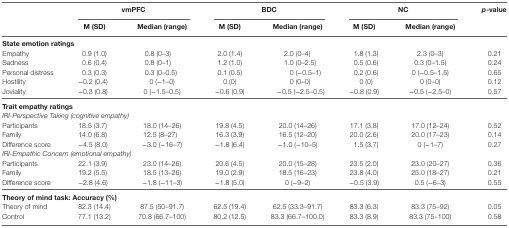
<table><thead><tr><td></td><td colspan="2"><b>vmPFC</b></td><td colspan="2"><b>BDC</b></td><td colspan="2"><b>NC</b></td><td><b><i>p</i>-value</b></td></tr><tr><td></td><td><b>M (SD)</b></td><td><b>Median (range)</b></td><td><b>M (SD)</b></td><td><b>Median (range)</b></td><td><b>M (SD)</b></td><td><b>Median (range)</b></td><td></td></tr></thead><tbody><tr><td colspan="8"><b>State emotion ratings</b></td></tr><tr><td>Empathy</td><td>0.9 (1.0)</td><td>0.8 (0–3)</td><td>2.0 (1.4)</td><td>2.0 (0–4)</td><td>1.8 (1.3)</td><td>2.3 (0–3)</td><td>0.21</td></tr><tr><td>Sadness</td><td>0.6 (0.4)</td><td>0.8 (0–1)</td><td>1.2 (1.0)</td><td>1.0 (0–2.5)</td><td>0.5 (0.6)</td><td>0.3 (0–1.5)</td><td>0.24</td></tr><tr><td>Personal distress</td><td>0.3 (0.3)</td><td>0.3 (0–0.5)</td><td>0.1 (0.5)</td><td>0 (−0.5–1)</td><td>0.2 (0.6)</td><td>0 (−0.5–1.5)</td><td>0.65</td></tr><tr><td>Hostility</td><td>−0.2 (0.4)</td><td>0 (−1–0)</td><td>0 (0)</td><td>0 (0–0)</td><td>0 (0)</td><td>0 (0–0)</td><td>0.12</td></tr><tr><td>Joviality</td><td>−0.3 (0.8)</td><td>0 (−1.5–0.5)</td><td>−0.6 (0.9)</td><td>−0.5 (−2.5–0.5)</td><td>−0.8 (0.9)</td><td>−0.5 (−2.5–0)</td><td>0.57</td></tr><tr><td colspan="8"><b>Trait empathy ratings</b></td></tr><tr><td colspan="8"><i>IRI-Perspective Taking (cognitive empathy)</i></td></tr><tr><td>Participants</td><td>18.5 (3.7)</td><td>18.0 (14–26)</td><td>19.8 (4.5)</td><td>20.0 (14–26)</td><td>17.1 (3.8)</td><td>17.0 (12–24)</td><td>0.52</td></tr><tr><td>Family</td><td>14.0 (6.8)</td><td>12.5 (8–27)</td><td>16.3 (3.9)</td><td>16.5 (12–20)</td><td>20.0 (2.6)</td><td>20.0 (17–23)</td><td>0.14</td></tr><tr><td>Difference score</td><td>−4.5 (8.0)</td><td>−3.0 (−16–7)</td><td>−1.8 (6.4)</td><td>−1.0 (−10–5)</td><td>1.5 (3.7)</td><td>0 (−1–7)</td><td>0.27</td></tr><tr><td colspan="8"><i>IRI-Empathic Concern (emotional empathy)</i></td></tr><tr><td>Participants</td><td>22.1 (3.9)</td><td>23.0 (14–26)</td><td>20.6 (4.5)</td><td>20.0 (15–28)</td><td>23.5 (2.0)</td><td>23.0 (20–27)</td><td>0.36</td></tr><tr><td>Family</td><td>19.2 (5.5)</td><td>18.5 (13–26)</td><td>19.0 (2.9)</td><td>18.5 (16–23)</td><td>23.8 (4.0)</td><td>25.0 (18–27)</td><td>0.21</td></tr><tr><td>Difference score</td><td>−2.8 (4.6)</td><td>−1.8 (−11–3)</td><td>−1.8 (5.0)</td><td>0 (−9–2)</td><td>−0.5 (3.9)</td><td>0.5 (−6–3)</td><td>0.55</td></tr><tr><td colspan="8"><b>Theory of mind task: Accuracy (%)</b></td></tr><tr><td>Theory of mind</td><td>82.3 (14.4)</td><td>87.5 (50–91.7)</td><td>62.5 (19.4)</td><td>62.5 (33.3–91.7)</td><td>83.3 (6.3)</td><td>83.3 (75–92)</td><td>0.05</td></tr><tr><td>Control</td><td>77.1 (13.2)</td><td>70.8 (66.7–100)</td><td>80.2 (12.5)</td><td>83.3 (66.7–100.0)</td><td>83.3 (8.9)</td><td>83.3 (75–100)</td><td>0.58</td></tr></tbody></table>